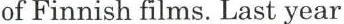
of Finnish films. Last year